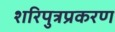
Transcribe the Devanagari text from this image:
शरिपुत्रप्रकरण